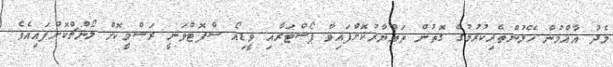
މެދު އާއްމުން ހޭލުންތެރިކުރުމުގެ ގޮތުން ތައްޔާރުކޮށްފައިވާ ޕޯސްޓަރާއި ވީޑިއޯ ސްޕޮޓްވަނީ ރަސްމީކޮށް ލޯންޗްކޮށްފައިއެވެ.